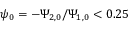
\psi _ { 0 } = - \Psi _ { 2 , 0 } / \Psi _ { 1 , 0 } < 0 . 2 5